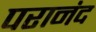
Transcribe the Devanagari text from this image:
परानंद